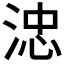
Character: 𣷡